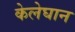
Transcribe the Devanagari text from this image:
केलेघान